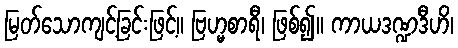
မြတ်သောကျင့်ခြင်းဖြင့်။ ဗြဟ္မစာရီ၊ ဖြစ်၍။ ကာယဒဏ္ဍဒီဟိ၊